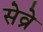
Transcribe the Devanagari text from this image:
सेव्रे